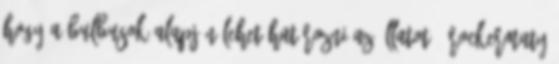
hogy a bulbusok alapján lehet határozni az állatot. -rockermaty